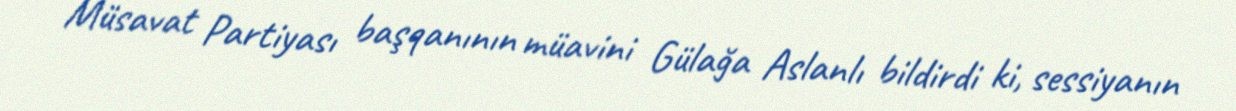
Müsavat Partiyası başqanının müavini Gülağa Aslanlı bildirdi ki, sessiyanın